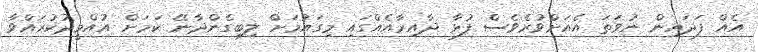
އެއް ފަދައިން ނުވަތަ އެއަށްވުރެވެސް ފުޅާ ދާއިރާއެއްގައި މިގައުމަށް ލިބިގެންދާނޭ ކަމަށް އުއްމީދުކުރައްވާ